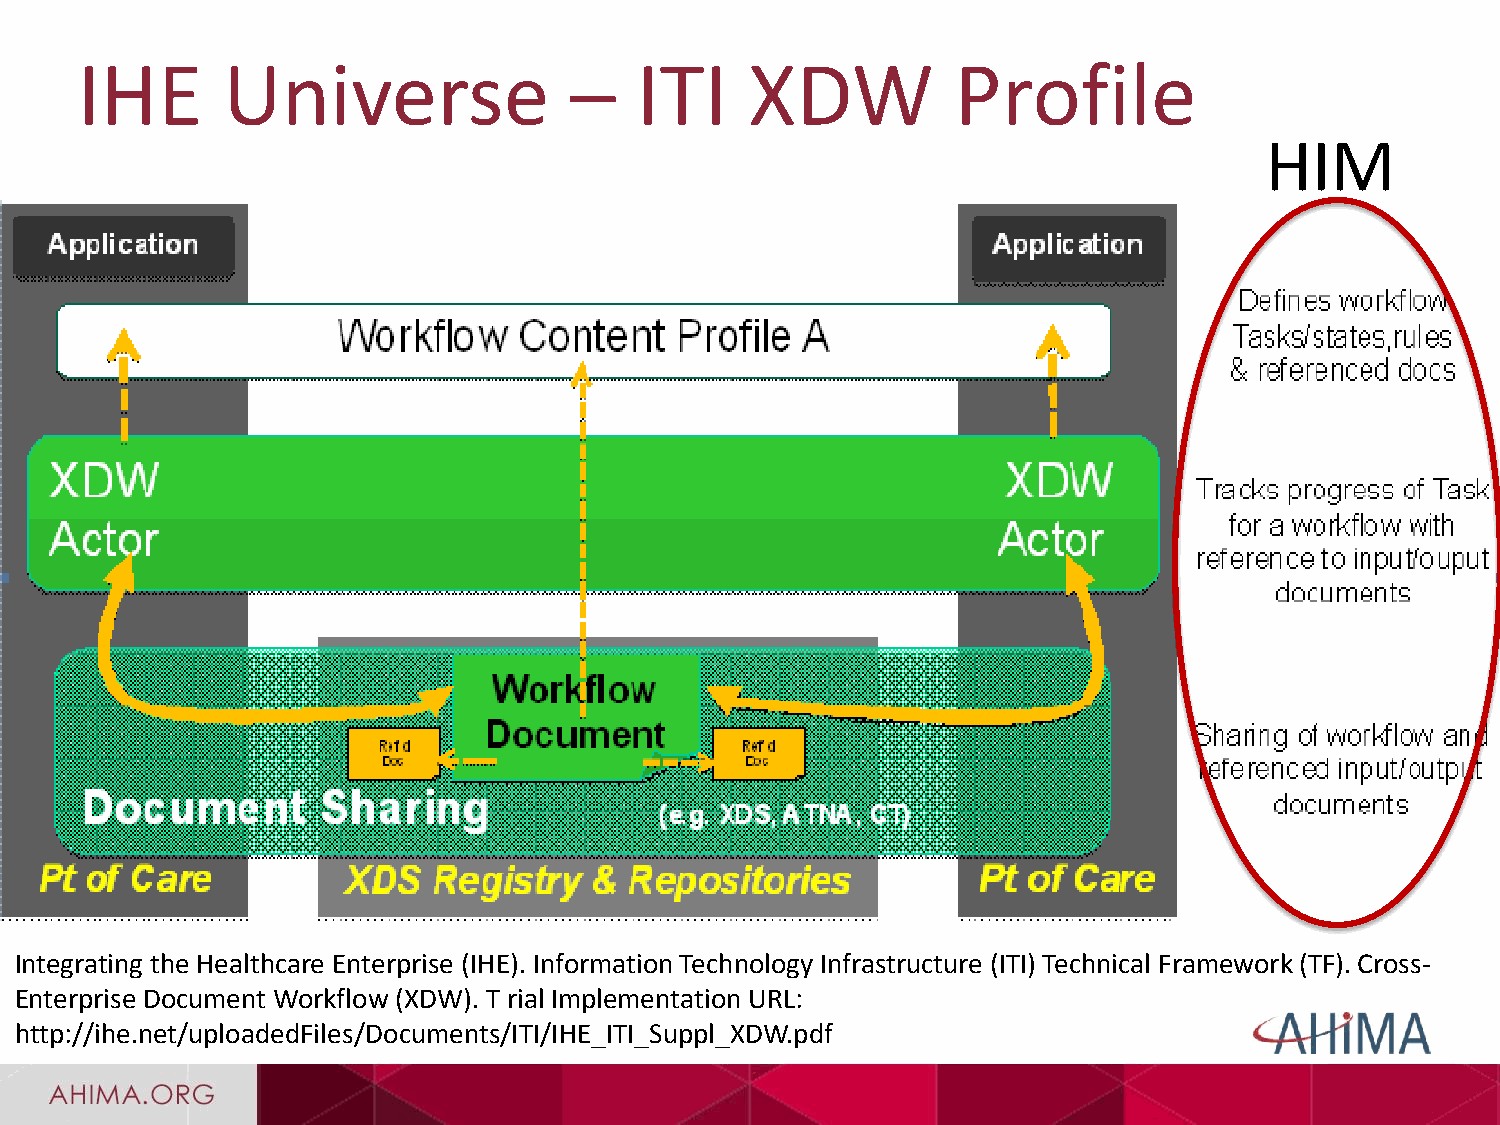
IHE       Universe               –   ITI     XDW          Profile
 HIM
 Integrating the Healthcare Enterprise (IHE). Information Technology Infrastructure (ITI) Technical Framework (TF). Cross-
 Enterprise Document Workflow (XDW). T rial Implementation URL:
 http://ihe.net/uploadedFiles/Documents/ITI/IHE_ITI_Suppl_XDW.pdf